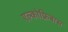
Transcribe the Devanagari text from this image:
एल्कोफ्रिबास